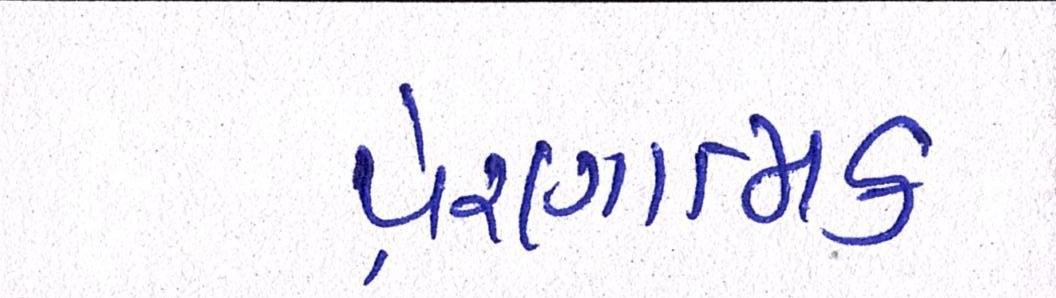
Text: પ્રેરણાત્મક